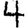
Digit: 4